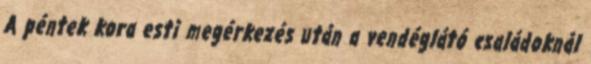
A péntek kora esti megérkezés után a vendéglátó családoknál